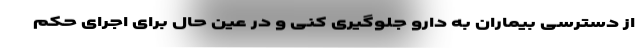
از دسترسی بیماران به دارو جلوگیری کنی و در عین حال برای اجرای حکم